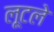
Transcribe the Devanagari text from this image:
लूटले